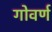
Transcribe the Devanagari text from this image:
गोवर्ण